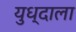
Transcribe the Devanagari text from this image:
युध्दाला